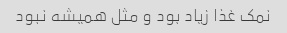
نمک غذا زیاد بود و مثل همیشه نبود